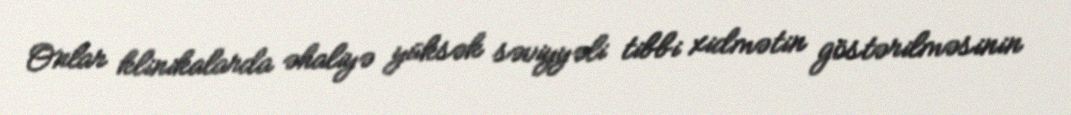
Onlar klinikalarda əhaliyə yüksək səviyyəli tibbi xidmətin göstərilməsinin